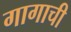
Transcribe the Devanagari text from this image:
गागाची